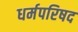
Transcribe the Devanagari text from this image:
धर्मपरिषद